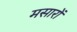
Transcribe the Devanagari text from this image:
मसारों